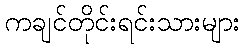
ကချင်တိုင်းရင်းသားများ